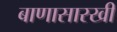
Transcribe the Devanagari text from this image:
बाणासारखी